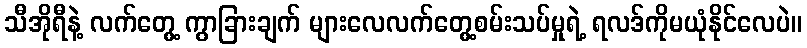
သီအိုရီနဲ့ လက်တွေ့ ကွာခြားချက် များလေလက်တွေ့စမ်းသပ်မှုရဲ့ ရလဒ်ကိုမယုံနိုင်လေပဲ။